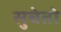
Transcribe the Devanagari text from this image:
सुचेतो